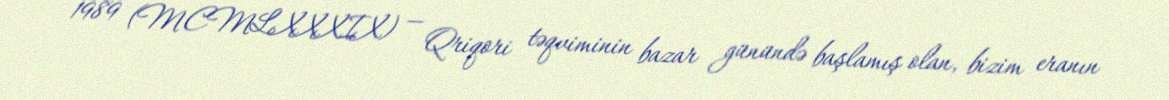
1989 (MCMLXXXIX) — Qriqori təqviminin bazar günündə başlamış olan, bizim eranın